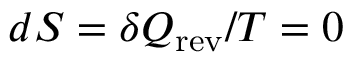
d S = \delta Q _ { \mathrm { r e v } } / T = 0